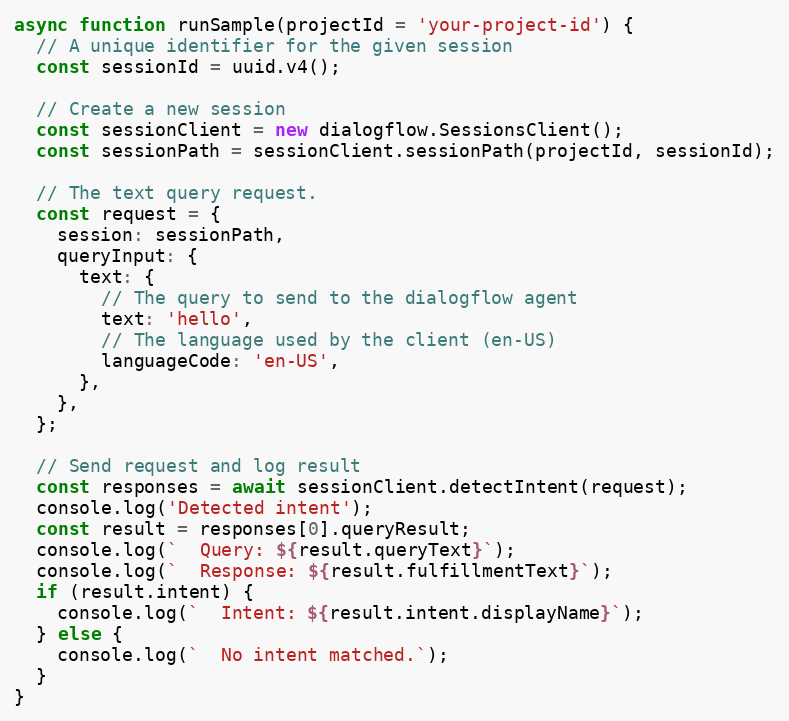
Language: JavaScript
async function runSample(projectId = 'your-project-id') {
  // A unique identifier for the given session
  const sessionId = uuid.v4();

  // Create a new session
  const sessionClient = new dialogflow.SessionsClient();
  const sessionPath = sessionClient.sessionPath(projectId, sessionId);

  // The text query request.
  const request = {
    session: sessionPath,
    queryInput: {
      text: {
        // The query to send to the dialogflow agent
        text: 'hello',
        // The language used by the client (en-US)
        languageCode: 'en-US',
      },
    },
  };

  // Send request and log result
  const responses = await sessionClient.detectIntent(request);
  console.log('Detected intent');
  const result = responses[0].queryResult;
  console.log(`  Query: ${result.queryText}`);
  console.log(`  Response: ${result.fulfillmentText}`);
  if (result.intent) {
    console.log(`  Intent: ${result.intent.displayName}`);
  } else {
    console.log(`  No intent matched.`);
  }
}